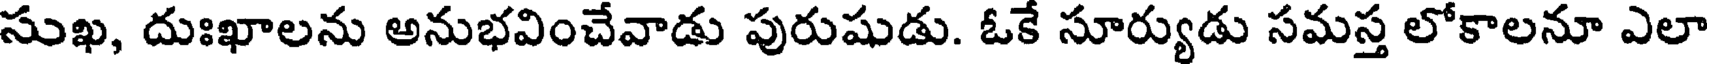
సుఖ, దుఃఖాలను అనుభవించేవాడు పురుషుడు. ఓకే సూర్యుడు సమస్త లోకాలనూ ఎలా